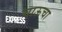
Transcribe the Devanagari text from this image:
चाऊचा